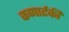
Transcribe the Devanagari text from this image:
कणार्टकी